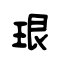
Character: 珢